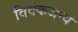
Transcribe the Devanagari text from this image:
विवेकजन्य